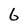
Character: 6